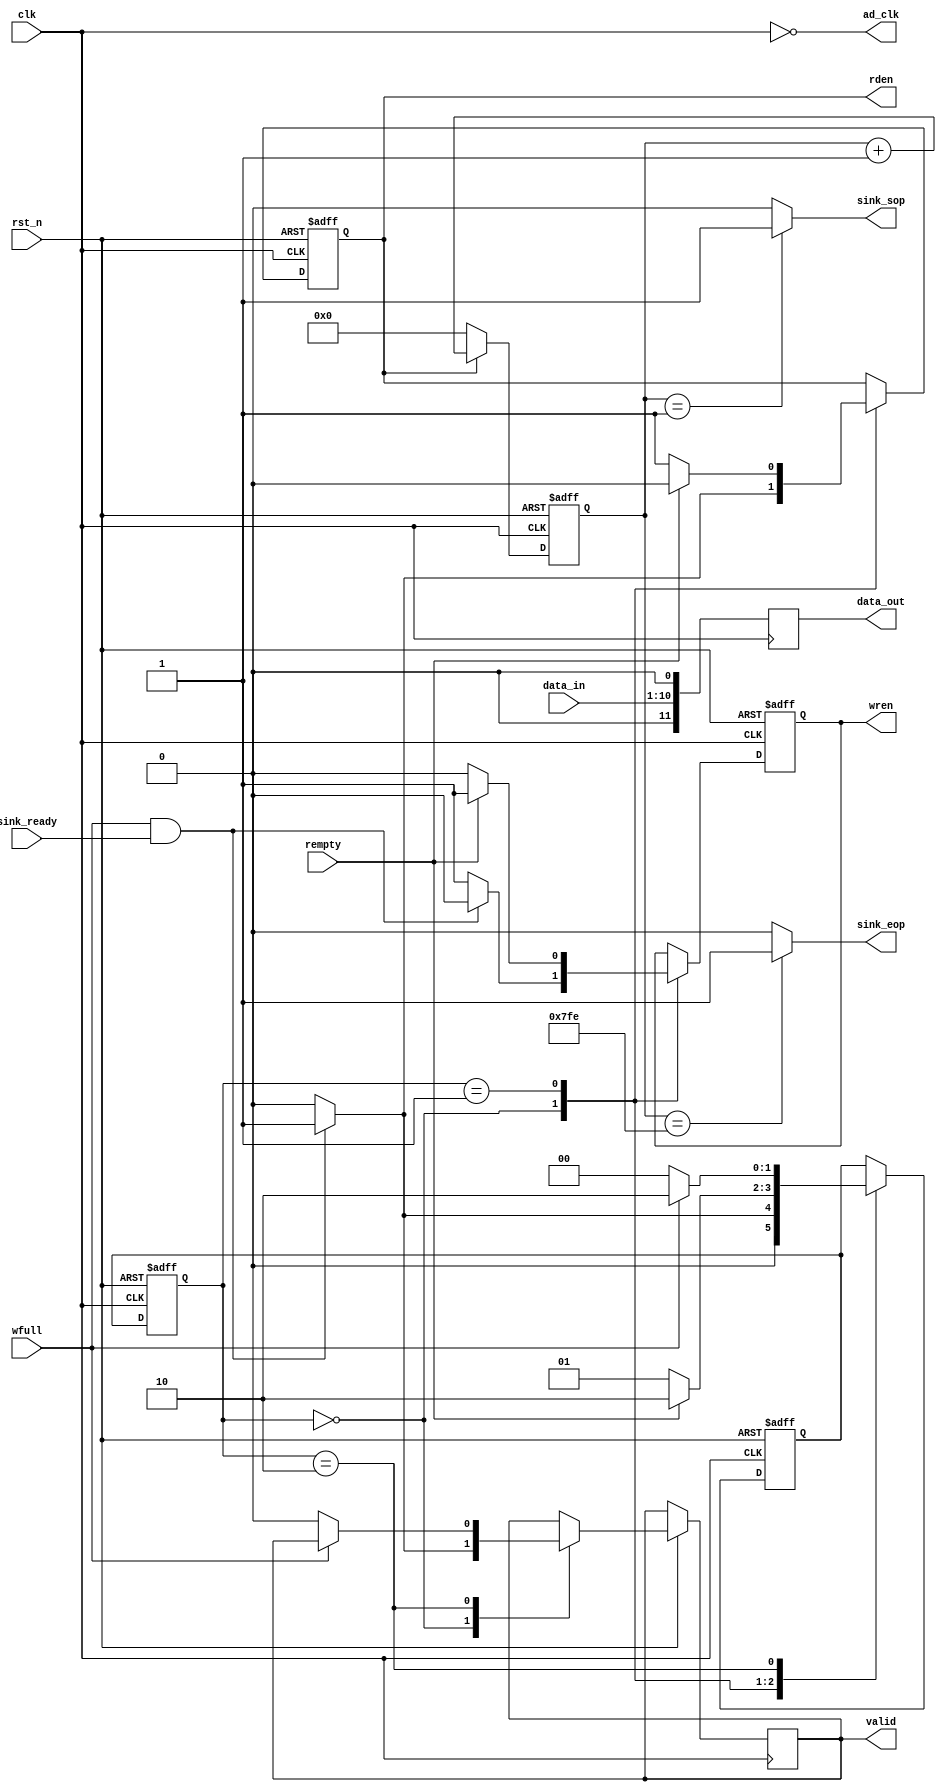
module ad_ctrl(
			//system
		input							clk			, //
		input							rst_n			, //
			//da signal	 
		output						ad_clk		, //ad					
		input		  	 [9:0]		data_in		, //
			//fifo signal 
		input							rempty		, //fifo
		input							wfull			, //fifo
		output	wire				wren			, //fifo
		output	wire				rden			, //fifo
		output	reg [11:0]		data_out		, //		
			//fft signal
		input		wire		 		sink_ready	, //fft			
		output	wire		 		sink_sop		, //fft
		output	wire		 		sink_eop		, //fft
		output	reg		 		valid			 //fft

);

reg				write_en;
reg				read_en;
reg	[11:0] 	cnt;
reg 	[1:0]		state, next_state;

assign  ad_clk= ~clk;


assign	sink_sop = (cnt == 11'd1) ? 1'b1 : 1'b0; 		
assign	sink_eop = (cnt == 12'd2046) ? 1'b1 : 1'b0; 		

//data_out
always @(negedge  clk)
begin 
 data_out<={1'b0,data_in,1'b0};
end 



//cnt
always @(posedge clk or negedge rst_n)
begin 
	if (!rst_n)
		cnt <= 1'b0;
	else if(read_en)
		cnt <= cnt + 1'b1;	
	else
		cnt <= 1'b0;
end 

//fifo  
always @(posedge clk or negedge rst_n)
begin 
	if(!rst_n)
		next_state = 2'b00;
	else 
		next_state <= state;
end 

always @(posedge clk or negedge rst_n)
if (!rst_n)
	begin
		state		 <= 2'b00;
		read_en	 <= 1'b0;
		write_en  <= 1'b1;
	end	
else
	case (next_state)
	2'b00:if  ( wfull && sink_ready )
					begin
					read_en <= 1'b1;				
					write_en <= 1'b0;
					state <= 2'b01;
					valid <= 1'b1;
					end
			else 	begin
					read_en <= 1'b0;
					write_en <= 1'b1;				
					state <= 2'b00;
					valid <= 1'b0;
					end
	2'b01:if	 (rempty)
					begin
					read_en <= 1'b0;
					write_en <= 1'b1;
					state <= 2'b10;
					end
			else 	begin	
					read_en <= 1'b1;
					write_en <= 1'b0;
					state <= 2'b01;
					end

	2'b10:if (!wfull) 
					begin 
					valid <= 1'b0; 
					state <= 2'b00;
					end 
			else	
				state <= 2'b10;
	endcase
	
assign  rden = read_en;
assign  wren = write_en;

endmodule